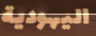
اليهودية